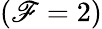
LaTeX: (\mathscr{F}=2)